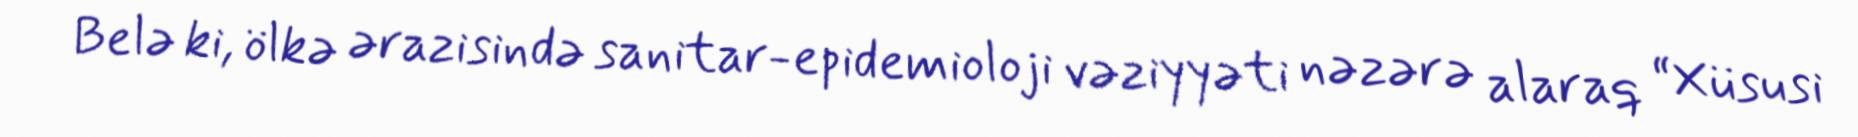
Belə ki, ölkə ərazisində sanitar-epidemioloji vəziyyəti nəzərə alaraq “Xüsusi